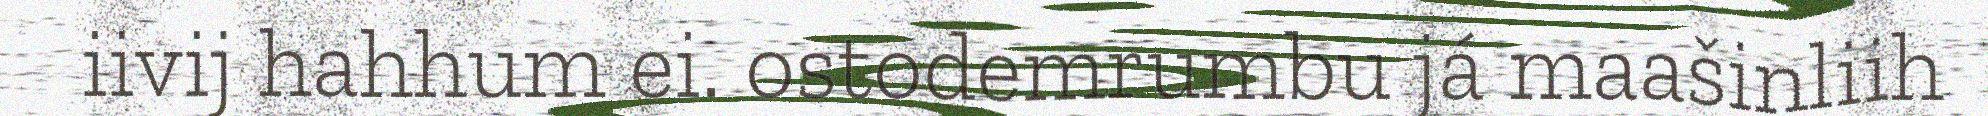
iivij hahhum ei. ostodemrumbu já maašinliih